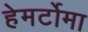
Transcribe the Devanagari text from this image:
हेमर्टोमा